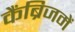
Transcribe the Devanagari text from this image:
कैंब्रिजमें